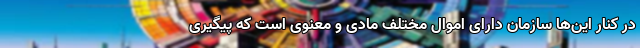
در کنار این‌ها سازمان دارای اموال مختلف مادی و معنوی است که پیگیری